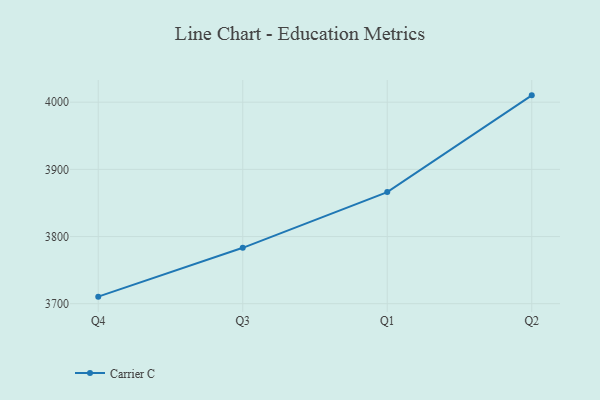
{"axis": {"x": "Quarter", "y": "Shipments"}, "legend": ["Carrier C"], "data": [{"x": "Q4", "y": 3710.5, "type": "Carrier C"}, {"x": "Q3", "y": 3783.2, "type": "Carrier C"}, {"x": "Q1", "y": 3866.2, "type": "Carrier C"}, {"x": "Q2", "y": 4010.2, "type": "Carrier C"}]}